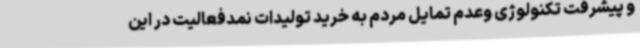
و پیشرفت تکنولوژی وعدم تمایل مردم به خرید تولیدات نمدفعالیت در این